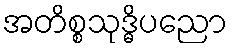
အတိစ္စသုဒ္ဓိပညော